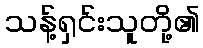
သန့်ရှင်းသူတို့၏